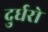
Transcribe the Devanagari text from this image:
दुर्धरो